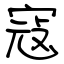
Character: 寇